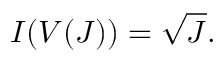
I ( V ( J ) ) = { \sqrt { J } } .